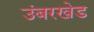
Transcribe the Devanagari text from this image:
उंबरखेड